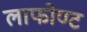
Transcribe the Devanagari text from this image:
लाफोण्ट